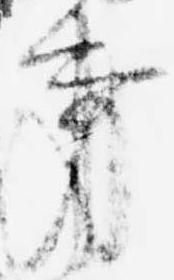
事